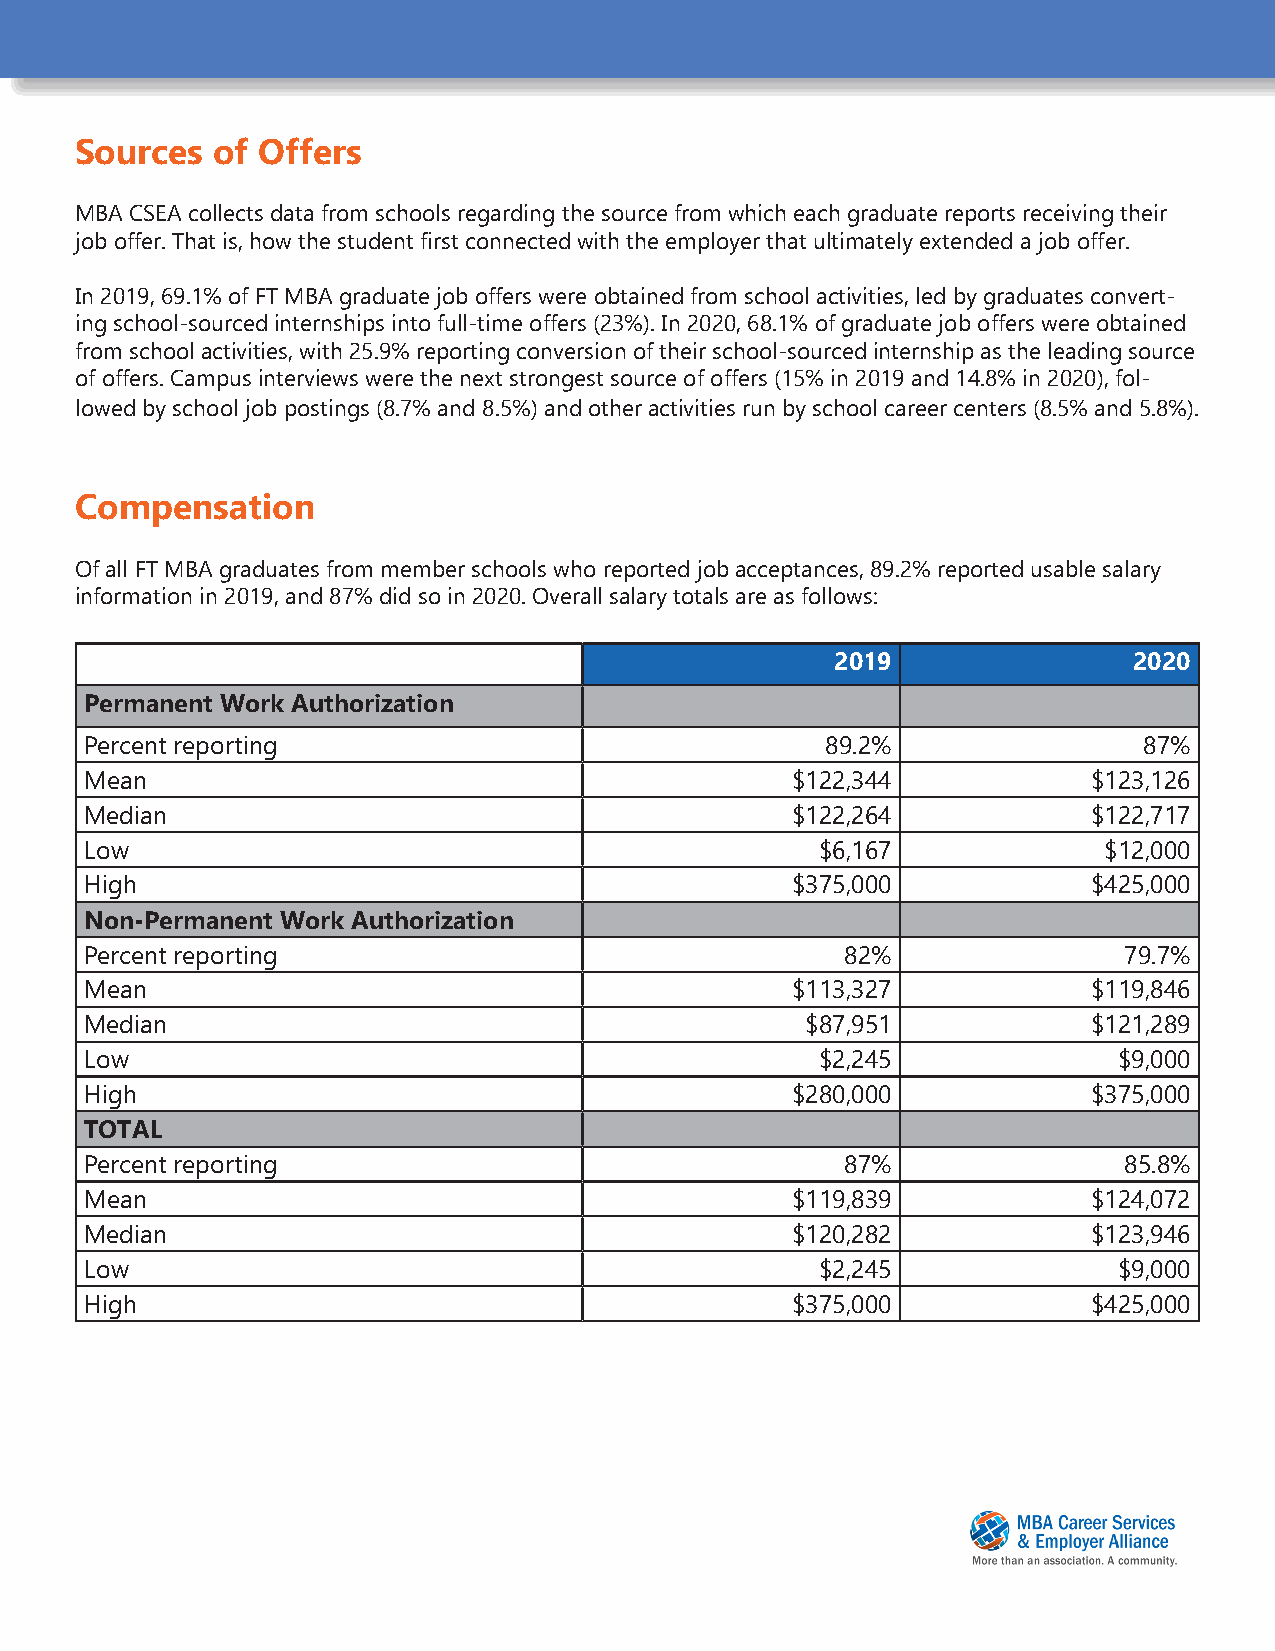
Sources  of Offers
 MBA CSEA collects data from schools regarding the source from which each graduate reports receiving their
 job offer. That is, how the student first connected with the employer that ultimately extended a job offer.
 In 2019, 69.1% of FT MBA graduate job offers were obtained from school activities, led by graduates convert-
 ing school-sourced internships into full-time offers (23%). In 2020, 68.1% of graduate job offers were obtained
 from school activities, with 25.9% reporting conversion of their school-sourced internship as the leading source
 of offers. Campus interviews were the next strongest source of offers (15% in 2019 and 14.8% in 2020), fol-
 lowed by school job postings (8.7% and 8.5%) and other activities run by school career centers (8.5% and 5.8%).
 Compensation
 Of all FT MBA graduates from member schools who reported job acceptances, 89.2% reported usable salary
 information in 2019, and 87% did so in 2020. Overall salary totals are as follows:
 2019                2020
 Permanent Work Authorization
 Percent reporting                                89.2%                87%
 Mean                                          $122,344            $123,126
 Median                                        $122,264            $122,717
 Low                                             $6,167             $12,000
 High                                          $375,000            $425,000
 Non-Permanent Work Authorization
 Percent reporting                                 82%               79.7%
 Mean                                          $113,327            $119,846
 Median                                         $87,951            $121,289
 Low                                             $2,245              $9,000
 High                                          $280,000            $375,000
 TOTAL
 Percent reporting                                 87%               85.8%
 Mean                                          $119,839            $124,072
 Median                                        $120,282            $123,946
 Low                                             $2,245              $9,000
 High                                          $375,000            $425,000